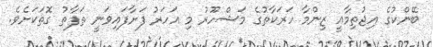
ބޭންކުގެ އިޖުތިމާއީ ޒިންމާ ހަރަކާތުގެ މަޝްހޫރު މި އަހަރު ފަށާފައިވަނީ ތަފާތު ގޮތަކަށެވެ.